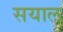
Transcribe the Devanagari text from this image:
सयाल